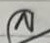
ล